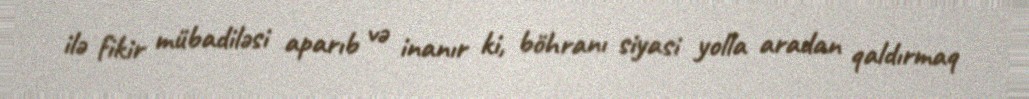
ilə fikir mübadiləsi aparıb və inanır ki, böhranı siyasi yolla aradan qaldırmaq